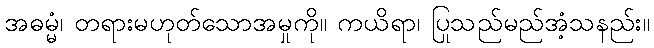
အဓမ္မံ၊ တရားမဟုတ်သောအမှုကို။ ကယိရာ၊ ပြုသည်မည်အံ့သနည်း။